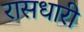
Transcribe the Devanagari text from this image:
रासधारी